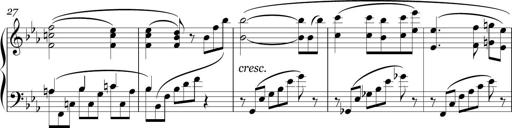
Title: Sonatina in E minor
Composer: Shuwen Zhang
Key: E minor